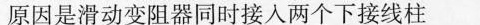
原因是滑动变阻器同时接入两个下接线柱